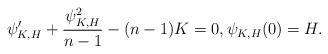
LaTeX: \begin{align*}\psi_{K,H}' +\frac{\psi_{K,H}^2}{n-1}-(n-1)K=0,\psi_{K,H}(0)=H.\end{align*}